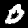
Digit: 0